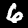
Digit: 6